Vaccination North-Western Provinces 1866-1877 - 1866-1877
Year: 1866
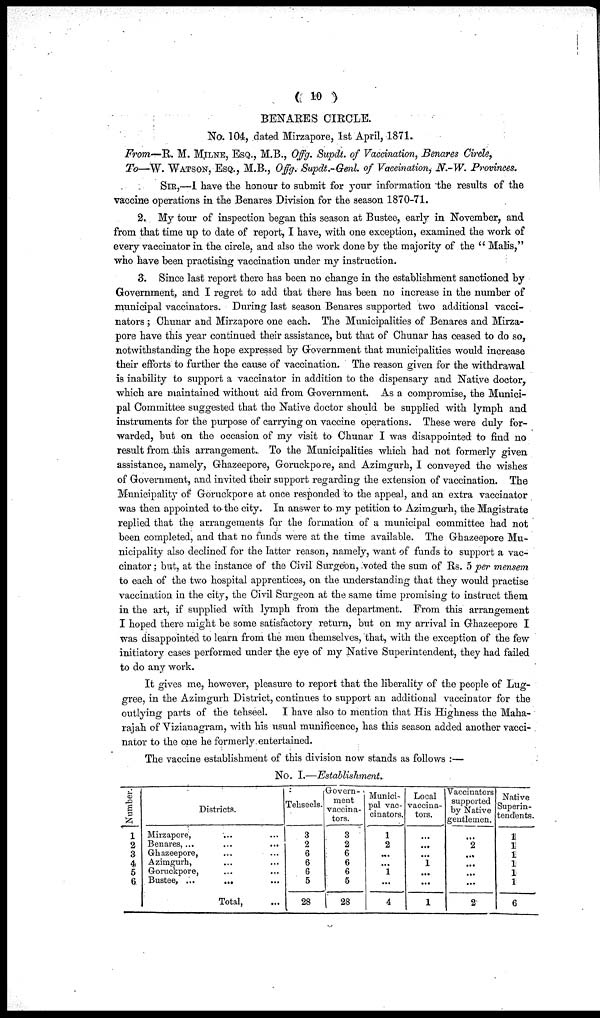
( 10 )
BENARES CIRCLE.
No. 104, dated Mirzapore, 1st April, 1871.
From—R. M. MILNE, ESQ., M.B., Offg. Supdt. of Vaccination, Benares Circle,
To—W. WATSON, ESQ., M.B., Offg. Supdt.-Genl. of Vaccination, N.-W. Provinces.
SIR,—I have the honour to submit for your information the results of the
vaccine operations in the Benares Division for the season 1870-71.
2. My tour of inspection began this season at Bustee, early in November, and
from that time up to date of report, I have, with one exception, examined the work of
every vaccinator in the circle, and also the work done by the majority of the " Malis,"
who have been practising vaccination under my instruction.
3. Since last report there has been no change in the establishment sanctioned by
Government, and I regret to add that there has been no increase in the number of
municipal vaccinators. During last season Benares supported two additional vacci-
nators ; Chunar and Mirzapore one each. The Municipalities of Benares and Mirza-
pore have this year continued their assistance, but that of Chunar has ceased to do so,
notwithstanding the hope expressed by Government that municipalities would increase
their efforts to further the cause of vaccination. The reason given for the withdrawal
is inability to support a vaccinator in addition to the dispensary and Native doctor,
which are maintained without aid from Government. As a compromise, the Munici-
pal Committee suggested that the Native doctor should be supplied with lymph and
instruments for the purpose of carrying on vaccine operations. These were duly for-
warded, but on the occasion of my visit to Chunar I was disappointed to find no
result from this arrangement. To the Municipalities which had not formerly given
assistance, namely, Ghazeepore, Goruckpore, and Azimgurh, I conveyed the wishes
of Government, and invited their support regarding the extension of vaccination. The
Municipality of Goruckpore at once responded to the appeal, and an extra vaccinator
was then appointed to the city. In answer to my petition to Azimgurh, the Magistrate
replied that the arrangements for the formation of a municipal committee had not
been completed, and that no funds were at the time available. The Ghazeepore Mu-
nicipality also declined for the latter reason, namely, want of funds to support a vac-
cinator ; but, at the instance of the Civil Surgeon, voted the sum of Rs. 5 per mensem
to each of the two hospital apprentices, on the understanding that they would practise
vaccination in the city, the Civil Surgeon at the same time promising to instruct them
in the art, if supplied with lymph from the department. From this arrangement
I hoped there might be some satisfactory return, but on my arrival in Ghazeepore I
was disappointed to learn from the men themselves, that, with the exception of the few
initiatory cases performed under the eye of my Native Superintendent, they had failed
to do any work.
It gives me, however, pleasure to report that the liberality of the people of Lug¬
gree, in the Azimgurh District, continues to support an additional vaccinator for the
outlying parts of the tehseel. I have also to mention that His Highness the Maha-
rajah of Vizianagram, with his usual munificence, has this season added another vacci-
nator to the one he formerly entertained.
The vaccine establishment of this division now stands as follows :—
No. I.—Establishment.
Number.
1
2
3
4
5
6
Districts.
Mirzapore, ... ...
Benares, ...
...
...
Ghazeepore, ... ...
Azimgurh, ... ...
Goruckpore, ... ...
Bustee, ...
... ...
Total, ...
Tehseels.
3
2
6
6
6
5
28
Govern¬
ment
vaccina-
tors.
3
2
6
6
6
5
28
Munici-
pal vac-
cinators.
1
2
...
...
1
...
4
Local
vaccina-
tors.
...
...
...
1
...
...
1
Vaccinators
supported
by Native
gentlemen.
...
2
...
...
...
...
2
Native
Superin-
tendents.
1
1
1
1
1
1
6